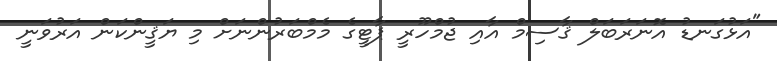
"އަޅުގަނޑު އޮނަރަބަލް ޤާސިމް އާއި ޖުމްހޫރީ ޕާޓީގެ މެމްބަރުންނަށް މި ޔަޤީންކަން އަރުވަނީ